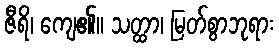
ဇီရိ၊ ကျေ၏။ သတ္ထာ၊ မြတ်စွာဘုရား